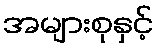
အများစုနှင့်